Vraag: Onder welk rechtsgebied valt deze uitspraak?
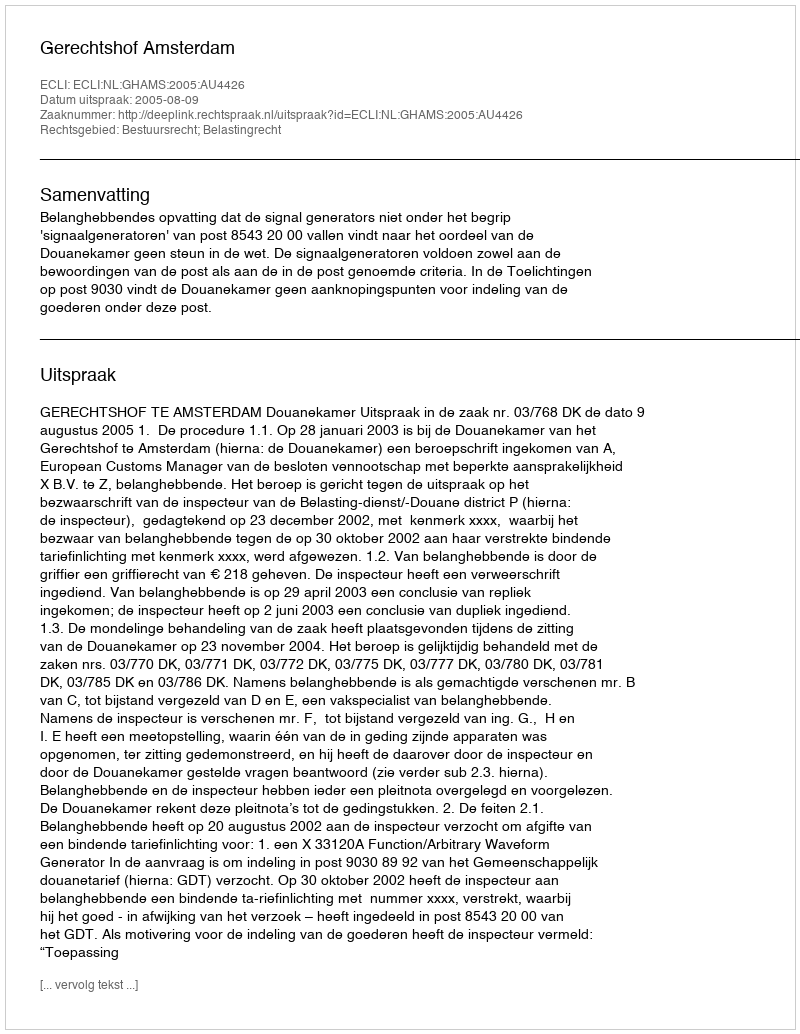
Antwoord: Bestuursrecht; Belastingrecht